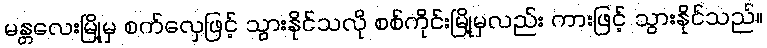
မန္တလေးမြို့မှ စက်လှေဖြင့် သွားနိုင်သလို စစ်ကိုင်းမြို့မှလည်း ကားဖြင့် သွားနိုင်သည်။